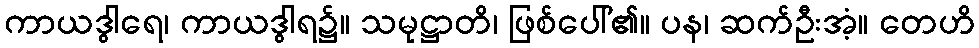
ကာယဒွါရေ၊ ကာယဒွါရ၌။ သမုဋ္ဌာတိ၊ ဖြစ်ပေါ်၏။ ပန၊ ဆက်ဦးအံ့။ တေဟိ